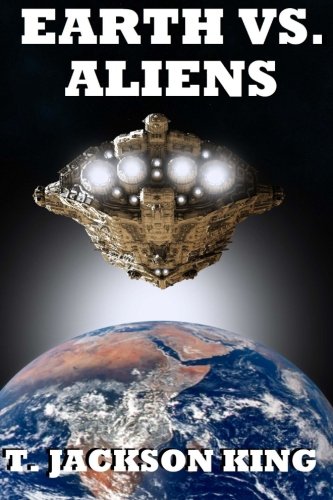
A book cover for Earth Vs. Aliens (Aliens Series); T. Jackson King; Science Fiction & Fantasy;